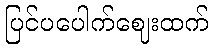
ပြင်ပပေါက်ဈေးထက်